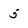
Character: 5